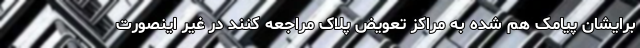
برایشان پیامک هم شده به مراکز تعویض پلاک مراجعه کنند در غیر اینصورت